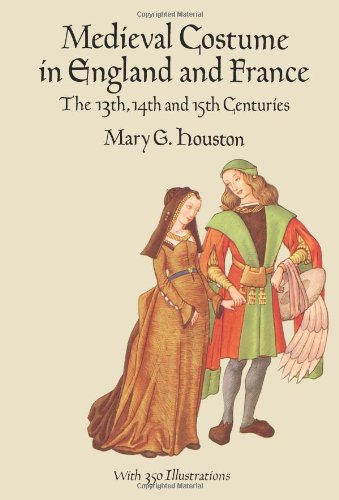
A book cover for Medieval Costume in England and France: The 13th, 14th and 15th Centuries (Dover Fashion and Costumes); Mary G. Houston; Crafts, Hobbies & Home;